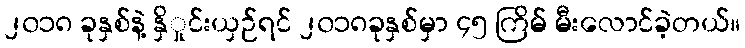
၂၀၁၈ ခုနှစ်နဲ့ နှိှုင်းယှဉ်ရင် ၂၀၁၈ခုနှစ်မှာ ၄၅ ကြိမ် မီးလောင်ခဲ့တယ်။